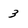
Character: 3